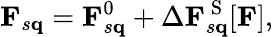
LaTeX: \mathbf{F}_{s\mathbf{q}}=\mathbf{F}_{s\mathbf{q}}^{0}+\Delta\mathbf{F}_{s\mathbf{q}}^{\mathrm{~S~}}[\mathbf{F}],